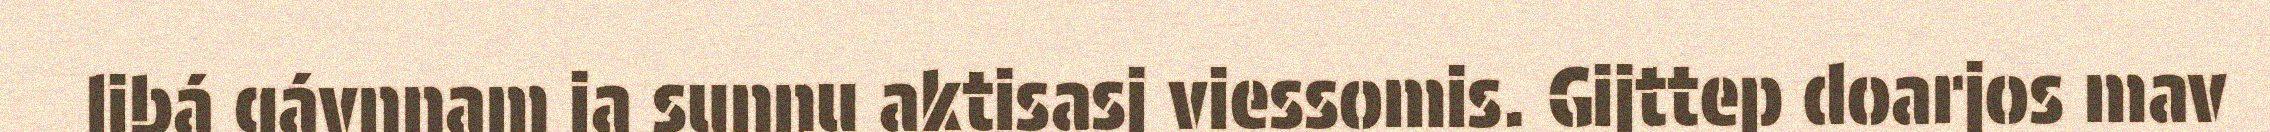
libá gávnnam ja sunnu aktisasj viessomis. Gijttep doarjos mav